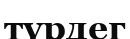
түрдег